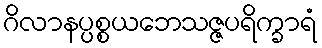
ဂိလာနပ္ပစ္စယဘေသဇ္ဇပရိက္ခာရံ